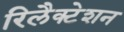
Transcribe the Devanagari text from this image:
रिलैक्टेशन